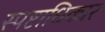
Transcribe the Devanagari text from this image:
स्पष्टाधिकार